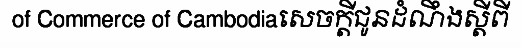
of Commerce of Cambodiaសេចក្តីជូនដំណឹងស្តីពី